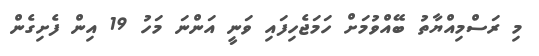
މި ރަސްމިއްޔާތު ބޭއްވުމަށް ހަމަޖެހިފައި ވަނީ އަންނަ މަހު 19 އިން ފެށިގެން